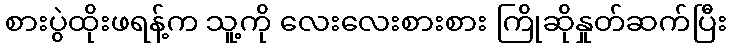
စားပွဲထိုးဖရန့်က သူ့ကို လေးလေးစားစား ကြိုဆိုနှုတ်ဆက်ပြီး